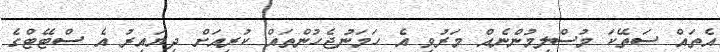
އެތައް ސަތޭކަ މުސްލިމުންނެއް މަރުވި އެ ހަމަނުޖެހުންތައް ކުރިއަށް ދިޔައިރު އެ ސްޓޭޓްގެ